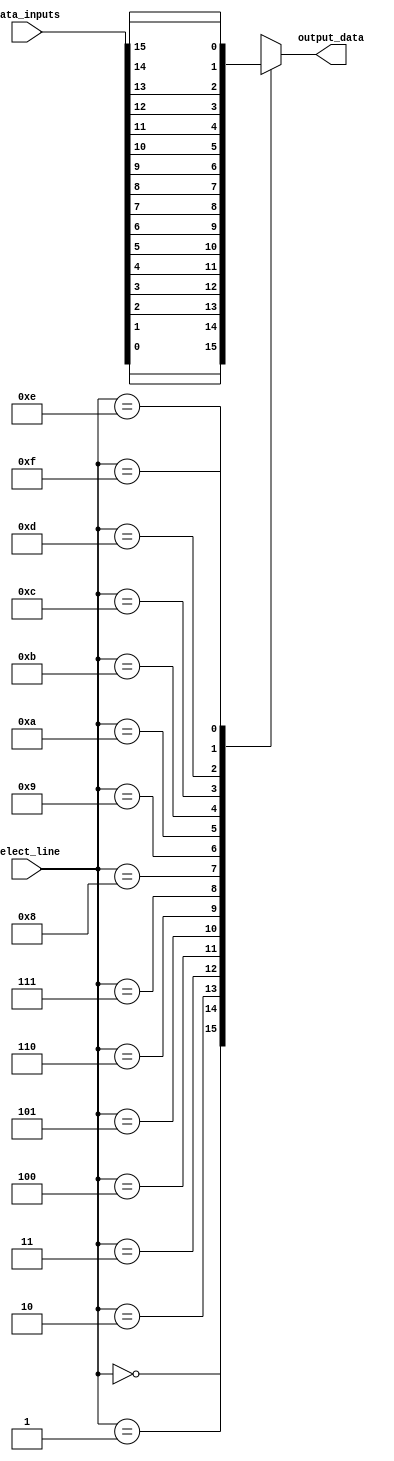
module mux_16x1 (
  input [15:0] data_inputs,   // 16 data inputs
  input [3:0]  select_line,   // 4-bit select line
  output reg   output_data    // Output data
);

always @* begin
  case (select_line)
    4'b0000: output_data = data_inputs[0];
    4'b0001: output_data = data_inputs[1];
    4'b0010: output_data = data_inputs[2];
    4'b0011: output_data = data_inputs[3];
    4'b0100: output_data = data_inputs[4];
    4'b0101: output_data = data_inputs[5];
    4'b0110: output_data = data_inputs[6];
    4'b0111: output_data = data_inputs[7];
    4'b1000: output_data = data_inputs[8];
    4'b1001: output_data = data_inputs[9];
    4'b1010: output_data = data_inputs[10];
    4'b1011: output_data = data_inputs[11];
    4'b1100: output_data = data_inputs[12];
    4'b1101: output_data = data_inputs[13];
    4'b1110: output_data = data_inputs[14];
    4'b1111: output_data = data_inputs[15];
    default: output_data = 0; // Default case
  endcase
end

endmodule